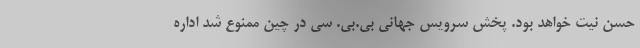
حسن نیت خواهد بود. پخش سرویس جهانی بی.‌بی. ‌سی در چین ممنوع شد اداره